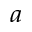
_ { a }